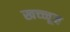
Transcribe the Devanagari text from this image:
खच्च्चून